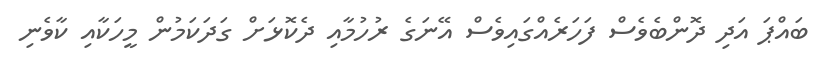
ބައްޕަ އަދި ދޮންބެވެސް ފަހަރެއްގައިވެސް އޭނަގެ ރުހުމާއި ދެކޮޅަށް ގަދަކަމުން މީހަކާއި ކާވެނި